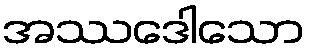
အဿဒေါသော